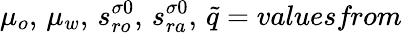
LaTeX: \mu_{o},\, \mu_{w},\, s_{ro}^{\sigma 0},\, s_{ra}^{\sigma 0},\, \tilde{q}=\textit{valuesfrom}